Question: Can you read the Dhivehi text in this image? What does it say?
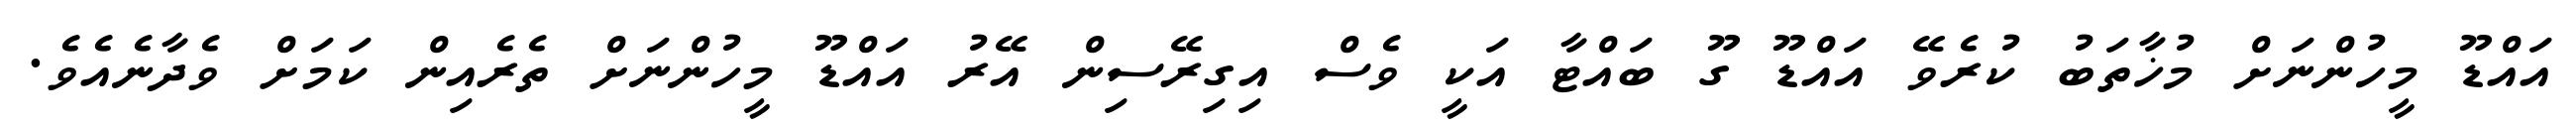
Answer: އައްޑޫ މީހުންނަށް މުޚާތަބު ކުރެވޭ އައްޑޫ ގޫ ބައްޓާ އަކީ ވެސް އިގިރޭސިން އޭރު އައްޑޫ މީހުންނަށް ތެރެއިން ކަމަށް ވެދާނެއެވެ.